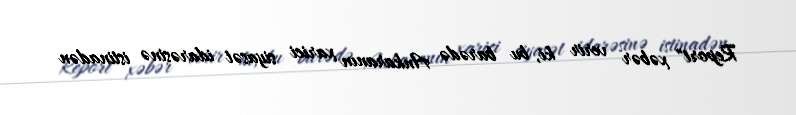
Report" xəbər verir ki, bu barədə Ankaranın xarici siyasət idarəsinə istinadən